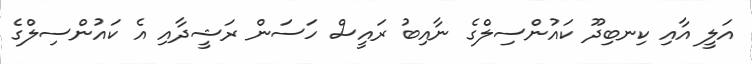
އަލީ އާއި ކިނބިދޫ ކައުންސިލްގެ ނާއިބު ރައީސް ހަސަން ރަޝީދާއި އެ ކައުންސިލްގެ